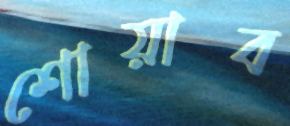
শোয়াব